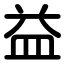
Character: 益